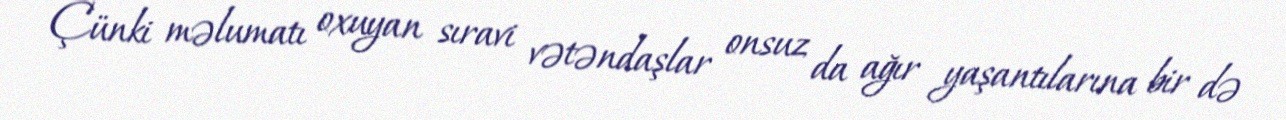
Çünki məlumatı oxuyan sıravi vətəndaşlar onsuz da ağır yaşantılarına bir də